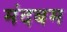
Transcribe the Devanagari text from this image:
मंदबम